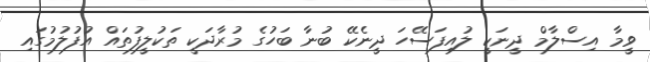
ވީމާ އިސްލާމް ދީނަކީ ލުއިފަސޭހަ ދީނެކޭ ބުނާ ބަހުގެ މުރާދަކީ ތަކުލީފުތައް އުފުލުމުގައި